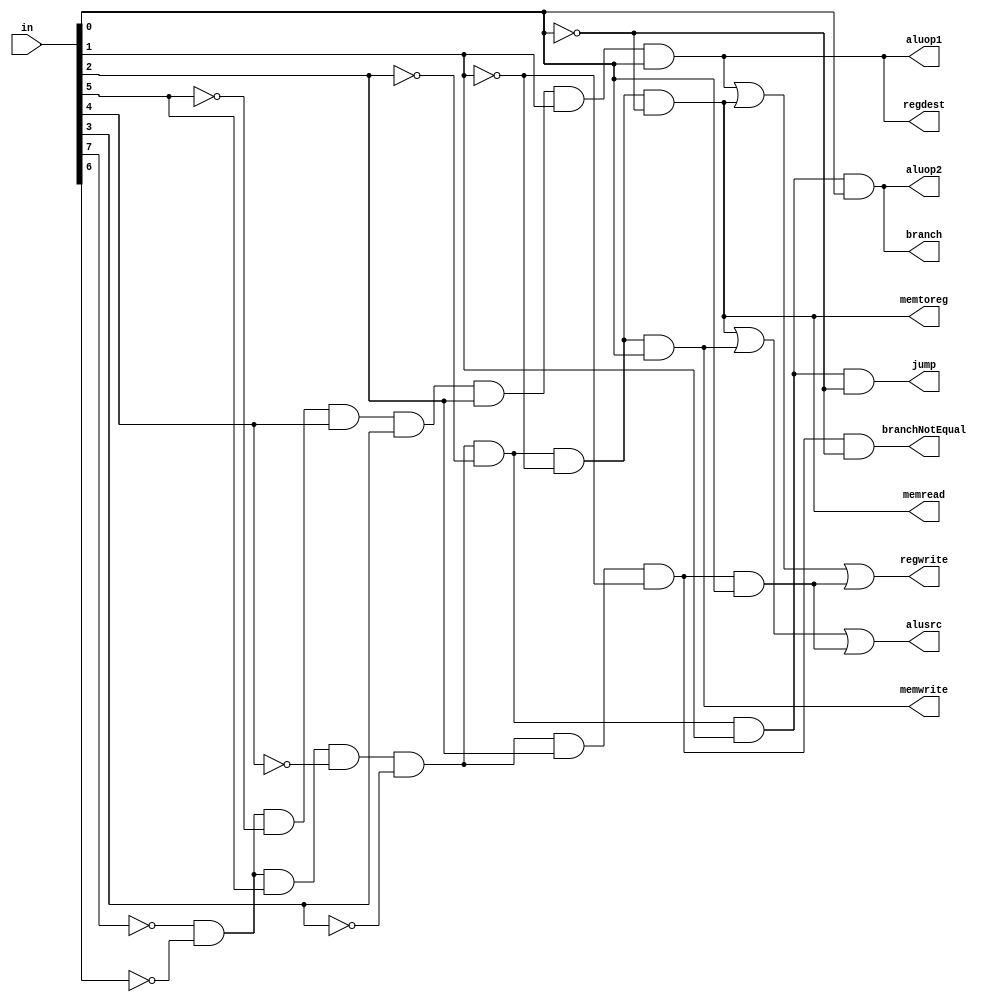
module control(in, regdest, alusrc, memtoreg, regwrite, 
	       memread, memwrite, branch, branchNotEqual, aluop1, aluop2,jump);
input [7:0] in;
output regdest, alusrc, memtoreg, regwrite, memread, memwrite, branch,branchNotEqual, aluop1, aluop2, jump;

wire rformat, lw, sw, j, beq, bne, addi;

assign rformat = ~in[7]& (~in[6])&(~in[5])&in[4]&in[3]&in[2]&in[1]&in[0]; // 00011111 = 31

assign lw = ~in[7]& (~in[6])&in[5]&(~in[4])&(~in[3])&(~in[2])&(~in[1])&(~in[0]); // 00100000 = 32
assign sw = ~in[7]& (~in[6])&in[5]&(~in[4])&(~in[3])&(~in[2])&(~in[1])&in[0]; // 00100001 = 33

assign j = ~in[7]& (~in[6])&in[5]&(~in[4])&(~in[3])&(~in[2])&in[1]&(~in[0]); // 00100010 = 34

assign beq = ~in[7]& (~in[6])&in[5]&(~in[4])&(~in[3])&(~in[2])&in[1]&in[0]; // 00100011 = 35

assign bne = ~in[7]& (~in[6])&in[5]&(~in[4])&(~in[3])&in[2]&(~in[1])&(~in[0]); // 00100100 = 36
assign addi = ~in[7]& (~in[6])&in[5]&(~in[4])&(~in[3])&in[2]&(~in[1])&in[0]; // 00100101 = 37

assign regdest = rformat;

assign alusrc = lw|sw|addi;
assign memtoreg = lw;
assign regwrite = rformat|lw|addi;
assign memread = lw;
assign memwrite = sw;
assign branch = beq;
assign branchNotEqual = bne;
assign aluop1 = rformat;
assign aluop2 = beq;
assign jump = j;

endmodule